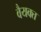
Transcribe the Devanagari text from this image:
वैयक्त